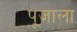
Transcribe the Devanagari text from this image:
पूजाला